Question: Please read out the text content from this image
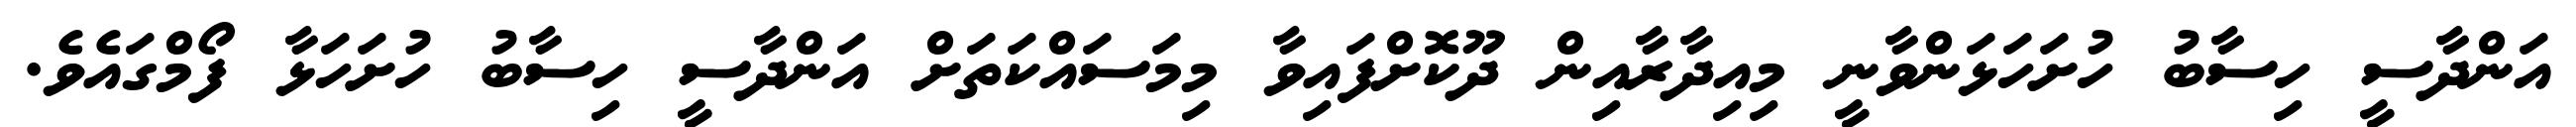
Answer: އަންދާސީ ހިސާބު ހުށަހަޅަންވާނީ މިއިދާރާއިން ދޫކޮށްފައިވާ މިމަސައްކަތަށް އަންދާސީ ހިސާބު ހުށަހަޅާ ފޯމްގައެވެ.